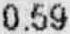
0.59